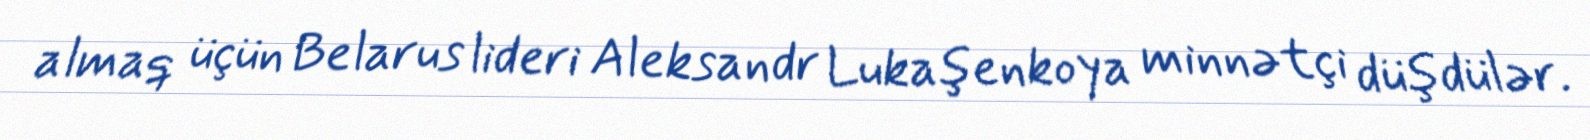
almaq üçün Belarus lideri Aleksandr Lukaşenkoya minnətçi düşdülər.